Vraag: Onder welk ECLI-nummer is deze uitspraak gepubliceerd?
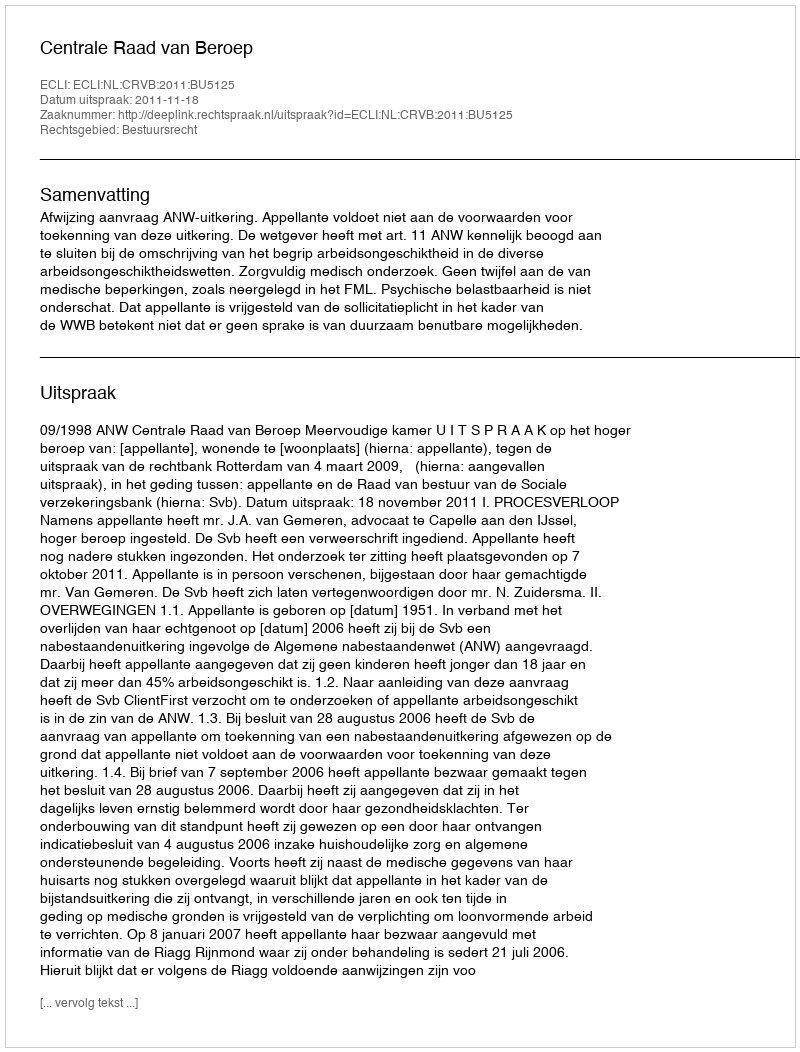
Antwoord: ECLI:NL:CRVB:2011:BU5125